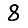
Digit: 8